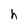
Character: h